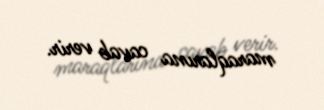
maraqlarına cavab verir.